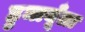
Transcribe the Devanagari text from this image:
हुमायूँला